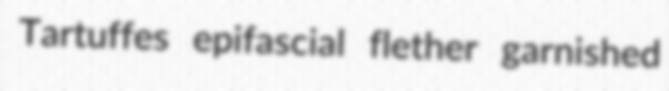
Tartuffes epifascial flether garnished